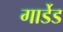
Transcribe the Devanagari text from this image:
गार्डेड